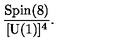
{ \frac { \mathrm { S p i n } ( 8 ) } { [ \mathrm { U } ( 1 ) ] ^ { 4 } } } .